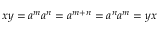
x y = a ^ { m } a ^ { n } = a ^ { m + n } = a ^ { n } a ^ { m } = y x